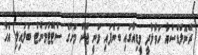
ރޭނޮލްޑްސްއާ ހަވާލާދީ މީޑިއާގައި ބުނެފައި ވަނީ ޖޫން މަހުގެ ސްޓޭޓްމަންޓް ބަލައިލި އެހާ